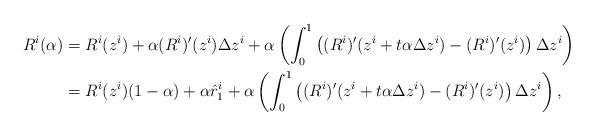
LaTeX: \begin{align*}R^i(\alpha)&=R^i(z^{i})+\alpha (R^{i})'(z^{i})\Delta z^{i}+\alpha\left(\int_{0}^1 \left( (R^{i})'(z^{i}+t\alpha\Delta z^{i})-(R^{i})'(z^{i}) \right)\Delta z^{i}\right)\\&=R^i(z^{i})(1-\alpha)+\alpha\hat{r}^i_1+\alpha\left(\int_{0}^1 \left( (R^{i})'(z^{i}+t\alpha\Delta z^{i})-(R^{i})'(z^{i}) \right)\Delta z^{i}\right),\end{align*}